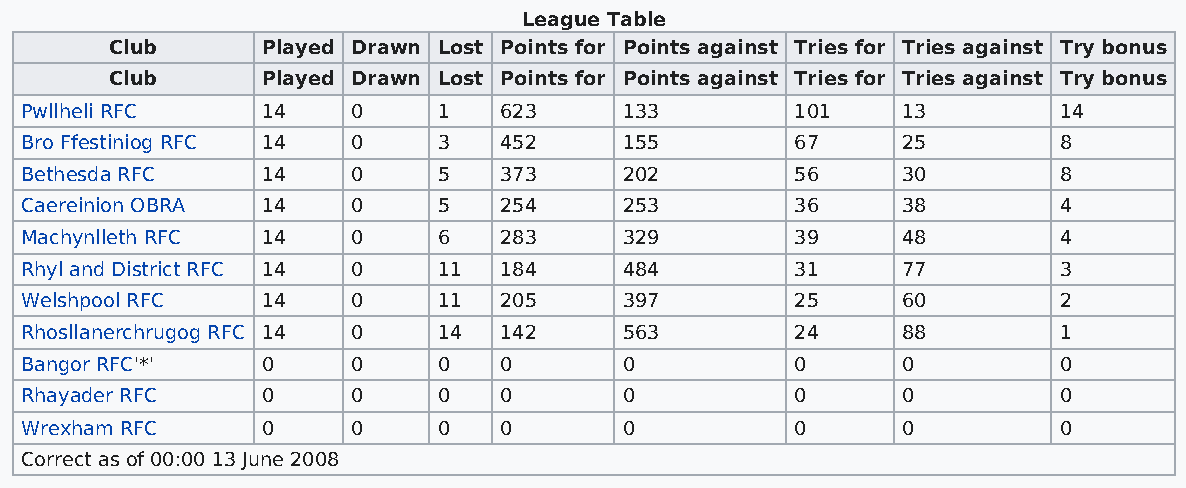
League Table
 Club      Played Drawn Lost Points for Points against Tries for Tries against Try bonus
 Club      Played Drawn Lost Points for Points against Tries for Tries against Try bonus
 Pwllheli RFC    14    0     1   623     133         101    13        14
 Bro Ffestiniog RFC 14 0     3   452     155         67     25        8
 Bethesda RFC    14    0     5   373     202         56     30        8
 Caereinion OBRA 14    0     5   254     253         36     38        4
 Machynlleth RFC 14    0     6   283     329         39     48        4
 Rhyl and District RFC 14 0  11  184     484         31     77        3
 Welshpool RFC   14    0     11  205     397         25     60        2
 Rhosllanerchrugog RFC 14 0  14  142     563         24     88        1
 Bangor RFC'*'   0     0     0   0       0           0      0         0
 Rhayader RFC    0     0     0   0       0           0      0         0
 Wrexham RFC     0     0     0   0       0           0      0         0
 Correct as of 00:00 13 June 2008